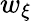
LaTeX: w_{\xi}